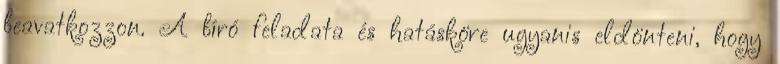
beavatkozzon. A bíró feladata és hatásköre ugyanis eldönteni, hogy